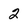
Character: 2